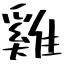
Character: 雞